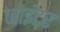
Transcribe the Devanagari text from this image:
प्वोइंटर